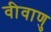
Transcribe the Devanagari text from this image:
वीवाणु